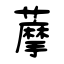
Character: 藦